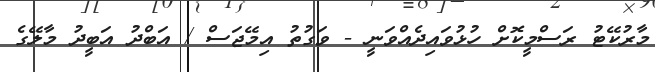
މާރުކޭޓު ރަސްމީކޮށް ހުޅުވައިދެއްވަނީ - ވަގުތު އިމޭޖަސް / އަބްދު އަބީދު މާލޭގެ